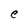
Character: e